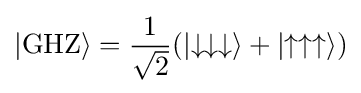
|\mathrm {GHZ} \rangle ={\frac {1}{\sqrt {2}}}(|\mathrm {\downarrow \downarrow \downarrow } \rangle +|\mathrm {\uparrow \uparrow \uparrow } \rangle )